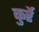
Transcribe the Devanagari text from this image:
कुर्रे